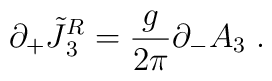
\partial_+ \tilde {J} {^{R} _3} ={g \over 2 \pi} \partial _- A _3\; .